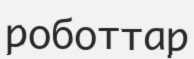
роботтар